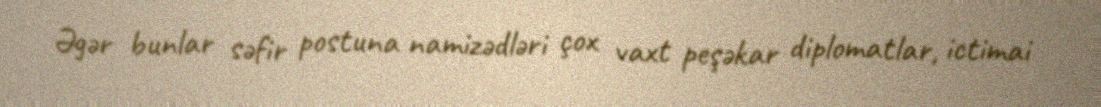
Əgər bunlar səfir postuna namizədləri çox vaxt peşəkar diplomatlar, ictimai